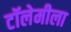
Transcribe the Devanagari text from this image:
टॉलेमीला